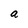
Character: a